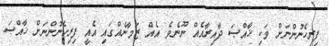
ފިރިހެނުންނަށް ވަކި ޚާއްޞަ ދާއިރާއެއް ނޫނެވެ. އެއް ޒަމާނެއްގައި އެއީ ފިރިހެނުންނަށް ޚާއްޞަ